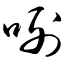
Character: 咧